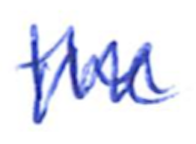
Text: the
Cross-out: zig-zag
Writing tool: ballpoint